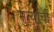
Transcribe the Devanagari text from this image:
मुर्त्यांची